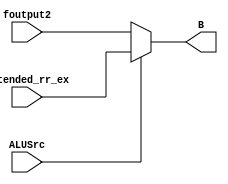
`timescale 1ns / 1ps
module alu_mux(input [31:0] foutput2,
               input [31:0] extended_rr_ex,
               input ALUSrc,
               output reg [31:0] B);

always@(*)
begin
  B<=ALUSrc?extended_rr_ex:foutput2;
end            
endmodule